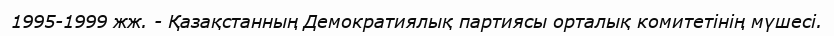
1995-1999 жж. - Қазақстанның Демократиялық партиясы орталық комитетінің мүшесі.